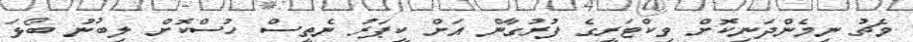
މެޗު ނިމެންދަނިކޮށް ވިކްޓަރީގެ ފުރުގާން އަށް ކީޕަރު ނެތީސް ހުސްކޮށް ލިބުނު ބޯޅަ